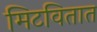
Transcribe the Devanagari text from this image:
मिटवितात